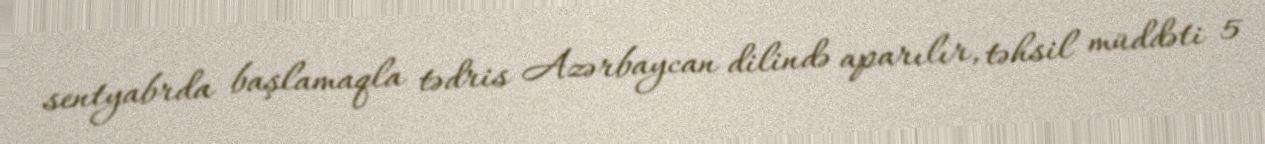
sentyabrda başlamaqla tədris Azərbaycan dilində aparılır, təhsil müddəti 5